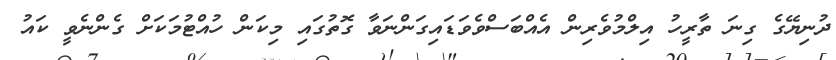
ދުނިޔޭގެ ގިނަ ތާރީހު އިލްމުވެރިން އެއްބަސްވެވަޑައިގަންނަވާ ގޮތުގައި މިކަން ހުއްޓުމަކަށް ގެންނެވީ ކައު